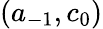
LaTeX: (a_{-1},c_{0})